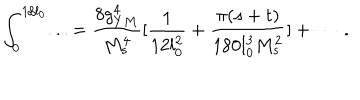
\int _ { 0 } ^ { 1 / l _ { 0 } } . . . = { \frac { 8 g _ { Y M } ^ { 4 } } { M _ { s } ^ { 4 } } } [ { \frac { 1 } { 1 2 l _ { 0 } ^ { 2 } } } + { \frac { \pi ( s + t ) } { 1 8 0 l _ { 0 } ^ { 3 } M _ { s } ^ { 2 } } } ] + \cdots \ .